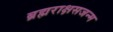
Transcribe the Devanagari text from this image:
ब्रह्मराक्षसजन्म